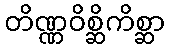
တိဏ္ဏဝိစ္ဆိကိစ္ဆာ